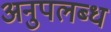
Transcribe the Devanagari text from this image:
अनुपलब्‍ध